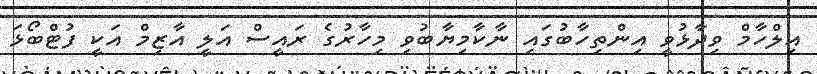
އިލްހާމް ވިދާޅުވީ އިންތިހާބުގައި ނާކާމިޔާބުވި މިހާރުގެ ރައީސް އަލީ އާޒިމް އަކީ ފުޓްބޯޅަ